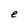
Character: e